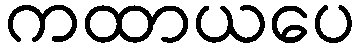
ကထာယပေ